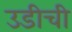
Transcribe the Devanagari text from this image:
उडीची